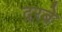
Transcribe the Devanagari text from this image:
दरबे